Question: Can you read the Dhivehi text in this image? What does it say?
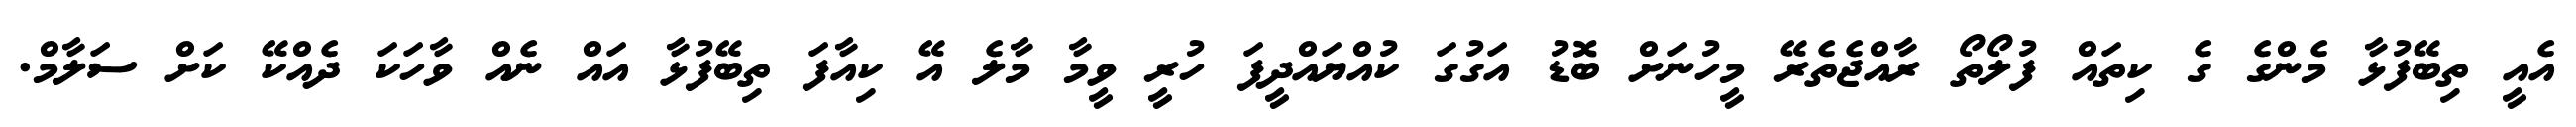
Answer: އެއީ ތިބޭފުޅާ މެންގެ ގެ ކިތައް ފުލޯތޯ ރާއްޖެތެރޭ މީހުނަށް ބޮޑު އަގުގަ ކުއްޔައްދީފަ ހުރީ ވީމާ މާލެ އޭ ކިއާފަ ތިބޭފުޅާ އައް ނެއް ވާހަކަ ދެއްކޭ ކަށް ސަލާމް.